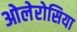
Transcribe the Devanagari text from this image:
ओलेरोसिया